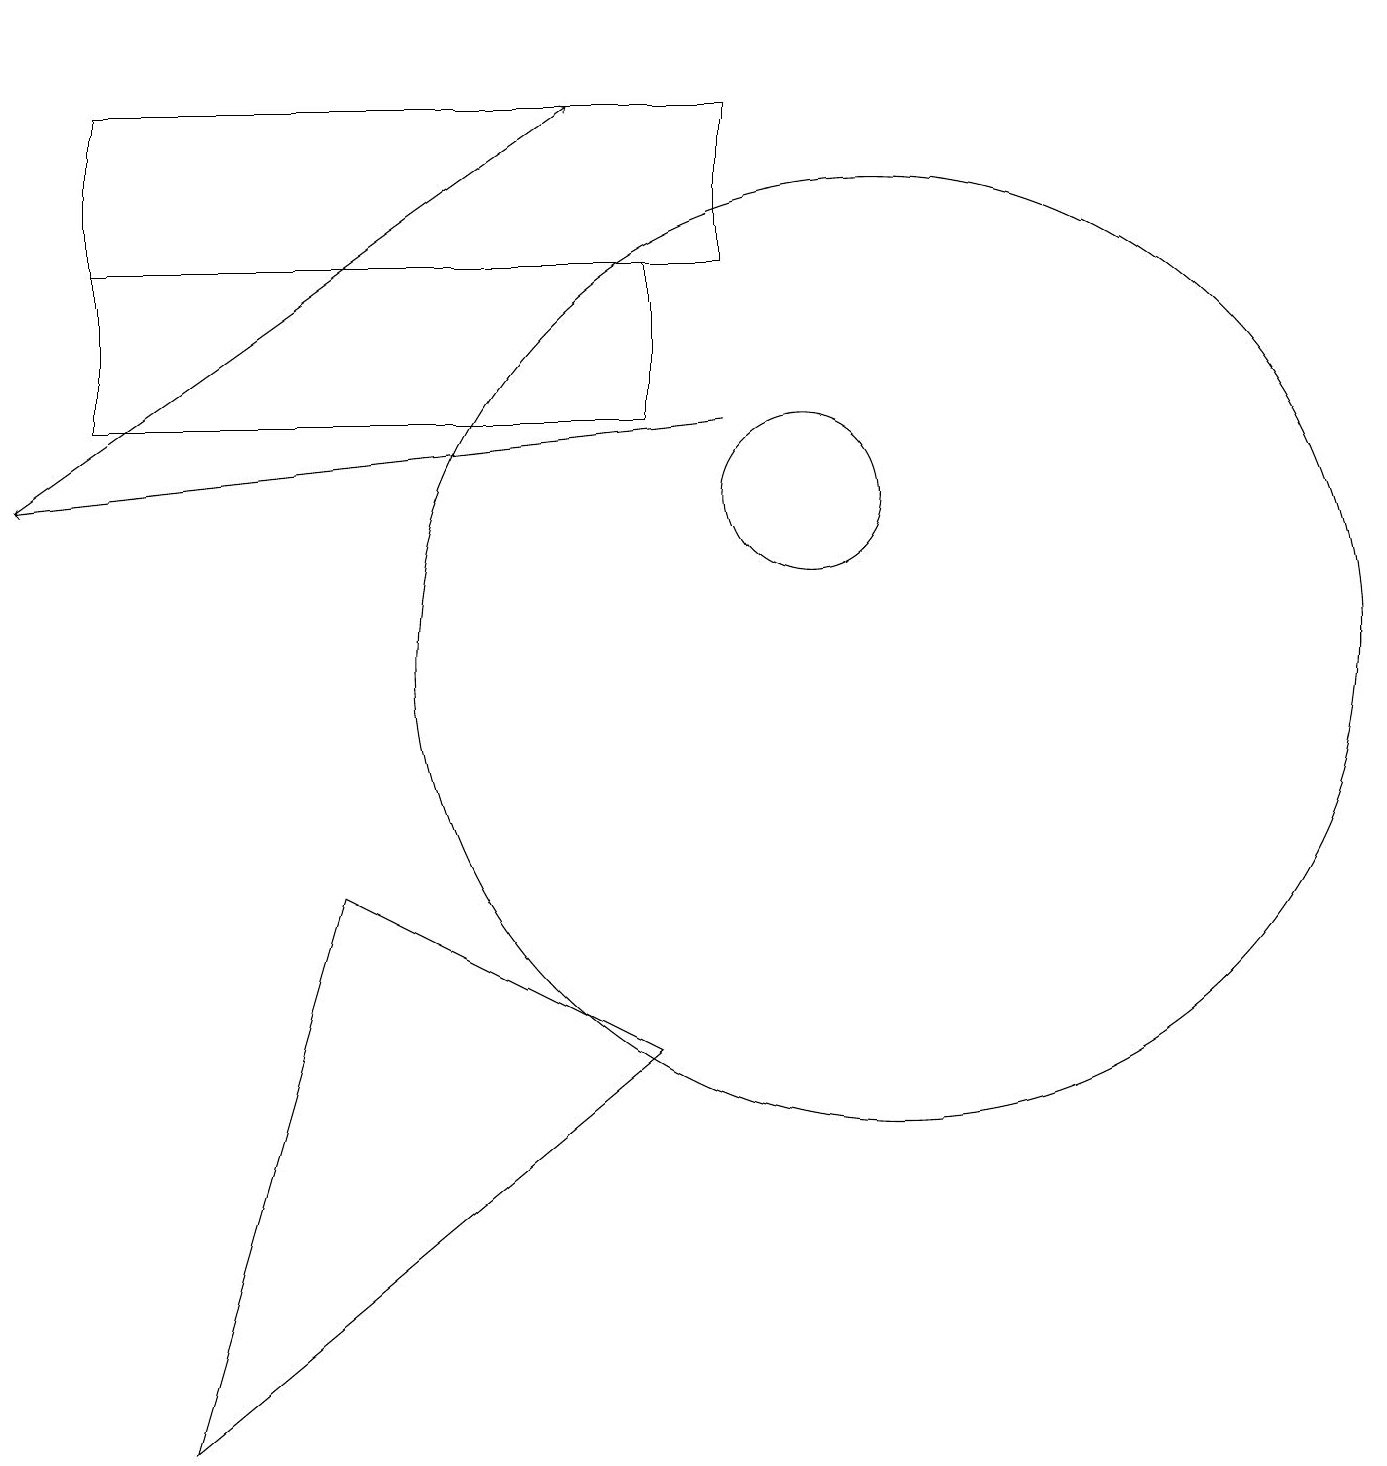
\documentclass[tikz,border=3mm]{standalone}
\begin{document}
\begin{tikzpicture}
\draw (10,12) circle (1);
\draw (1,15) rectangle (8,13);
\draw (11,10) circle (6);
\draw (2,18) rectangle (2,18);
\draw[->] (0,12) -- (7,17);
\draw (9,15) rectangle (1,17);
\draw (8,5) -- (4,7) -- (2,0) -- cycle;
\draw[->] (9,13) -- (0,12);
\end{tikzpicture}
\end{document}